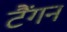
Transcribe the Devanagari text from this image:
टैंगन